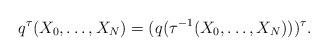
LaTeX: \begin{align*} q^{\tau} (X_0,\ldots ,X_N)=( q(\tau^{-1}(X_0, \ldots ,X_N)))^{\tau}. \end{align*}